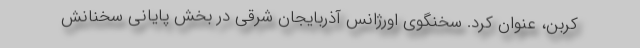
کربن، عنوان کرد. سخنگوی اورژانس آذربایجان شرقی در بخش پایانی سخنانش